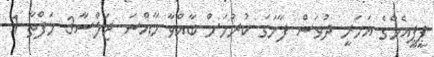
ޕީޕީއެމްގެ އަހަރީ ދުވަސް ފާހަގަ ކުރުމަށް ބާއްވާ ހާއްސަ ޖަލްސާ3 ހަފްތާ 1